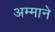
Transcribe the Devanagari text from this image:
अम्माने